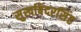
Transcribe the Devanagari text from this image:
सुखबिंदरसिंह